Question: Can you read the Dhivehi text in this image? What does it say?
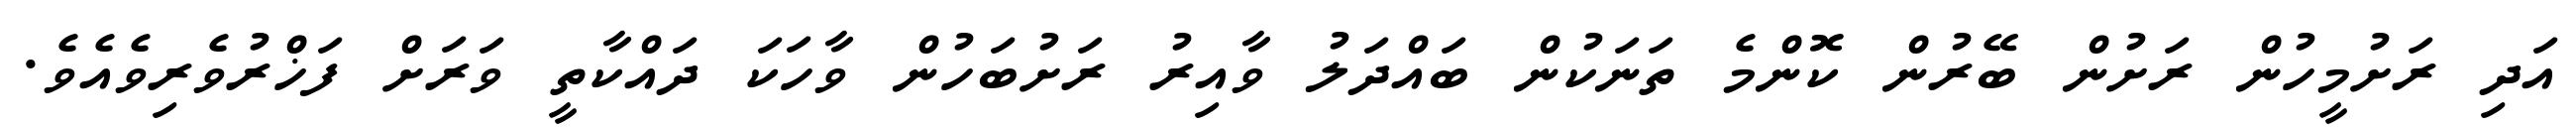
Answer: އަދި ރަށުމީހުން ރަށުން ބޭރުން ކޮންމެ ތަނަކުން ބައްދަލު ވާއިރު ރަށުބަހުން ވާހަކަ ދައްކާތީ ވަރަށް ފަޚްރުވެރިވެއެވެ.